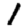
Digit: 1